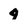
Character: 4